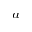
^ a